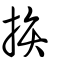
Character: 拚